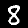
Digit: 8